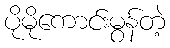
ပိုမိုကောင်းမွန်တဲ့